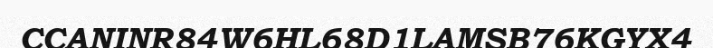
CCANINR84W6HL68D1LAMSB76KGYX4